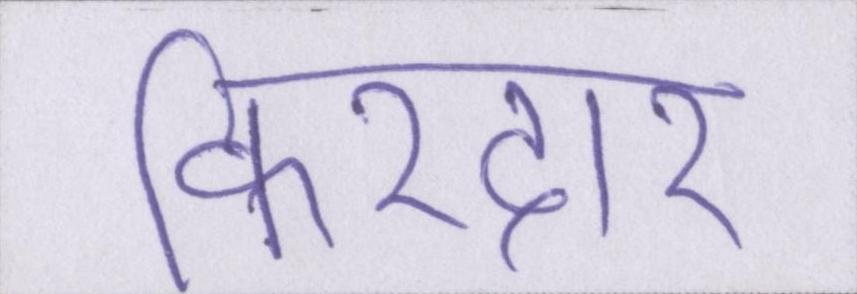
किरदार